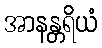
အာနန္တရိယံ